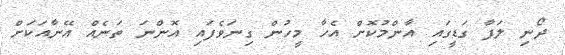
ދޯނި ލަފާ ގަޑީގައި އާންމުކޮށް އެހާ މީހުން ގިނަވެފައި އޮންނަ ތަނެއް އޭނާއަކަށް